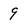
Character: 9